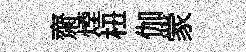
齋煙杻伽䝉